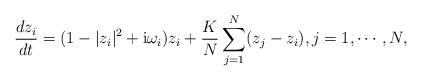
LaTeX: \begin{align*} \frac{dz_i}{dt} = ( 1 - |z_i|^2 + {\mathrm i} \omega_i) z_i + \frac{K}{N} \sum_{j=1}^{N} (z_j - z_i), j = 1, \cdots, N,\end{align*}